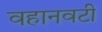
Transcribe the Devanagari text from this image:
वहानवटी